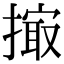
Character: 𢲻